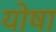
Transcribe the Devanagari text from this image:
योषा